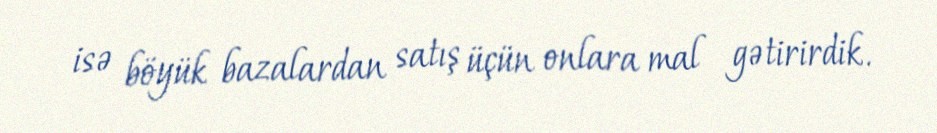
isə böyük bazalardan satış üçün onlara mal gətirirdik.